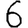
Digit: 6